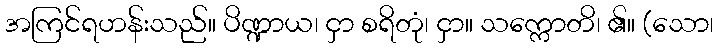
အကြင်ရဟန်းသည်။ ပိဏ္ဍာယ၊ ငှာ စရိတုံ၊ ငှာ။ သက္ကောတိ၊ ၏။ (သော၊